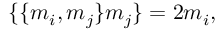
\lbrace \lbrace m _ { i } , m _ { j } \rbrace m _ { j } \rbrace = 2 m _ { i } ,